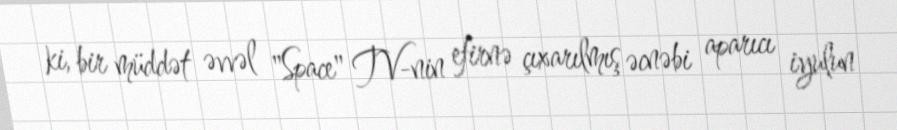
ki, bir müddət əvvəl "Space" TV-nin efirnə çıxarılmış əcnəbi aparıcı iyulun